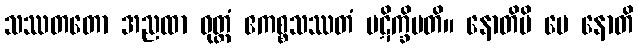
သဿတတော အညထာ ဝုတ္တံ ဧကစ္စသဿတံ ပဋိက္ခိပတိ။ နောတိပိ မေ နောတိ